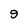
Character: 9